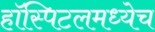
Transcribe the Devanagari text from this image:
हॉस्पिटलमध्येच